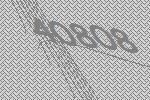
40808